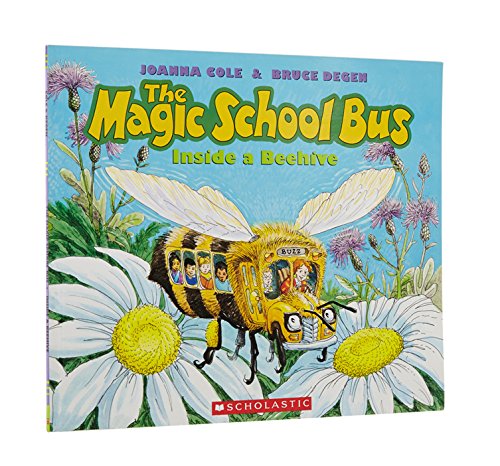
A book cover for The Magic School Bus Inside a Beehive; Joanna Cole; Science & Math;